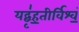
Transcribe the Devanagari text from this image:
यद्बृ॑ह॒तीर्विश्वं॒